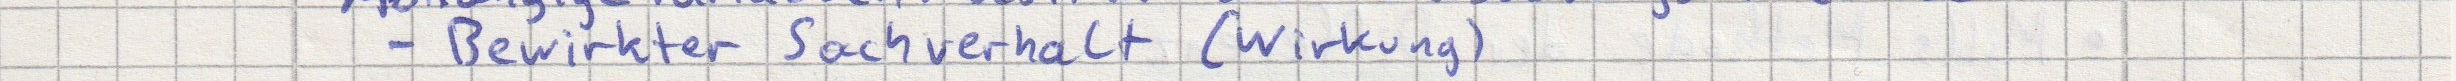
- Bewirkter Sachverhalt (Wirkung)